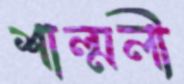
শাল্মলী